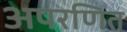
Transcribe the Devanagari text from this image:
अपरणित